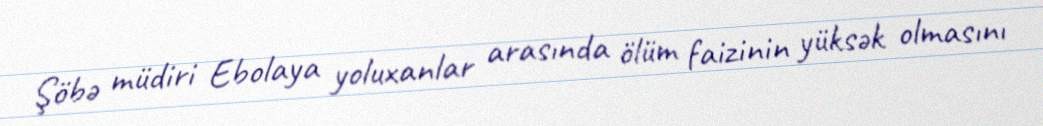
Şöbə müdiri Ebolaya yoluxanlar arasında ölüm faizinin yüksək olmasını